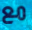
مع